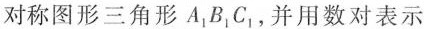
对称图形三角形A_{1}B_{1}C_{1}，并用数对表示